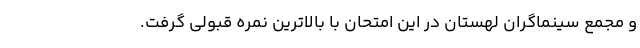
و مجمع سينماگران لهستان در اين امتحان با بالاترين نمره قبولى گرفت.